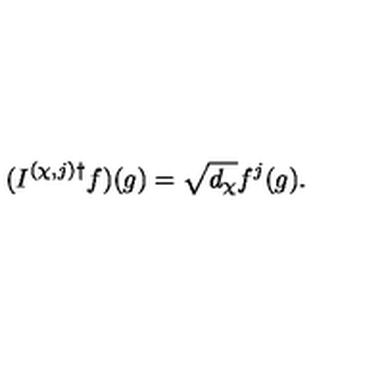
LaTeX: ( I ^ { ( \chi , j ) \dagger } f ) ( g ) = \sqrt { d _ { \chi } } f ^ { j } ( g ) .